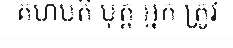
គហបតិ បុត្ត អ្នក ត្រូវ